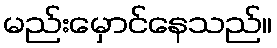
မည်းမှောင်နေသည်။